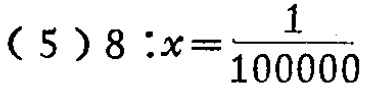
(5) \(8:x = \frac{1}{100000}\)